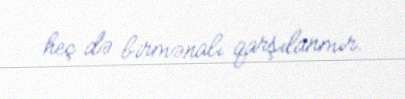
heç də birmənalı qarşılanmır.